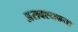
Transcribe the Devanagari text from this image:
असवश्यकता